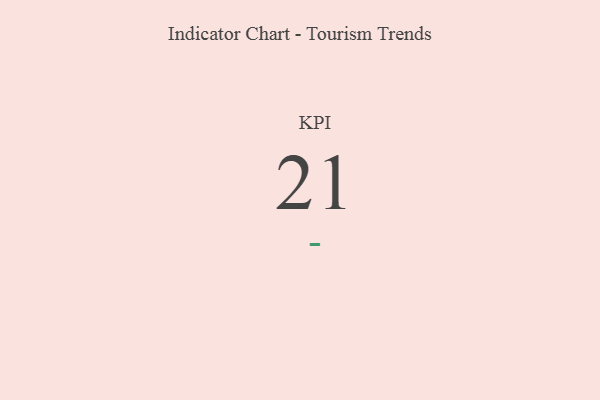
{"axis": {"x": "KPI", "y": "Value"}, "legend": [""], "data": [{"x": "KPI", "y": 21, "type": ""}]}